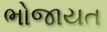
ભોજાયત